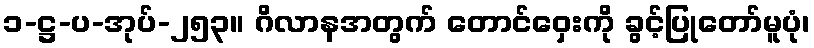
၁-ဋ္ဌ-ပ-အုပ်-၂၅၃။ ဂိလာနအတွက် တောင်ဝှေးကို ခွင့်ပြုတော်မူပုံ၊